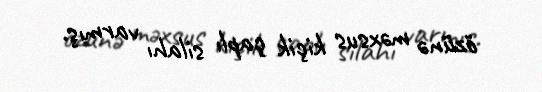
özünə məxsus kiçik çaplı silahı varmış.